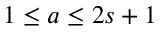
1 \leq a \leq 2 s + 1